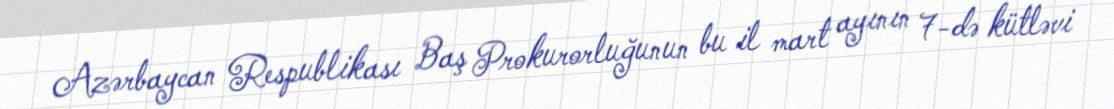
Azərbaycan Respublikası Baş Prokurorluğunun bu il mart ayının 7-də kütləvi